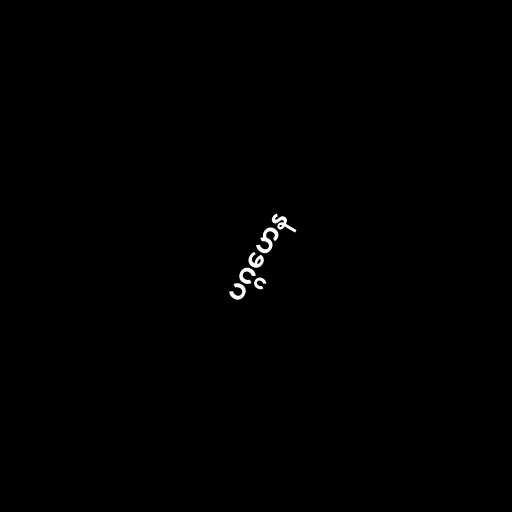
ပဂ္ဂဟေန